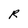
Character: R